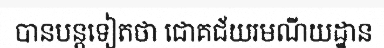
បានបន្តទៀតថា ជោគជ័យរមណីយដ្ឋាន